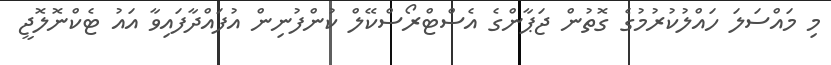
މި މައްސަލަ ހައްލުކުރުމުގެ ގޮތުން ޖަޕާންގެ އެސްޓްރޯސްކޭލް ކުންފުނިން އުފައްދާފައިވާ އައު ޓެކްނޮލޮޖީ